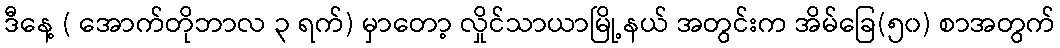
ဒီနေ့ ( အောက်တိုဘာလ ၃ ရက်) မှာတော့ လှိုင်သာယာမြို့နယ် အတွင်းက အိမ်ခြေ(၅၀) စာအတွက်